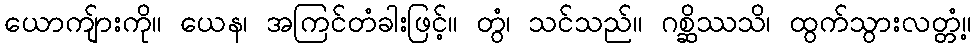
ယောကျ်ားကို။ ယေန၊ အကြင်တံခါးဖြင့်။ တွံ၊ သင်သည်။ ဂစ္ဆိဿသိ၊ ထွက်သွားလတ္တံ့။